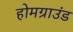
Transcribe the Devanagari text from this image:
होमग्राउंड